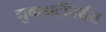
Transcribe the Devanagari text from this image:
गुवाहाटीपर्यंत